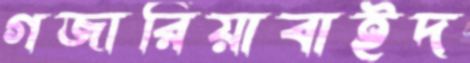
গজারিয়াবাইদ